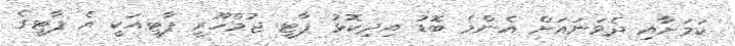
ކަމަށާއި ދެވަނައަށް އެންމެ ބޮޑު އިދިކޮޅު ޕާޓީ ޖުމްހޫރީ ޕާޓީއަކީ އެ ޕާޓީގެ